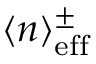
\langle n \rangle _ { \mathrm { e f f } } ^ { \pm }